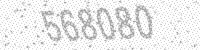
Solution: 568080